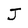
Character: J